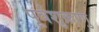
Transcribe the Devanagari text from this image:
पूर्वशुक्राणु